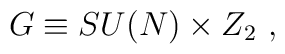
G\equiv SU(N) \times Z_2 \ ,